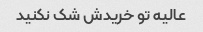
عالیه تو خریدش شک نکنید